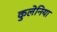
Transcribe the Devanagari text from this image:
कुलेनिया